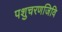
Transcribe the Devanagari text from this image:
पशुचरणजिवि